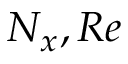
N _ { x } , R e